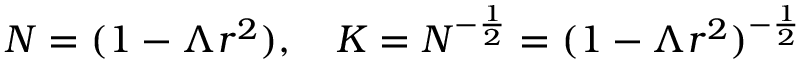
N = ( 1 - \Lambda r ^ { 2 } ) , \quad K = N ^ { - \frac { 1 } { 2 } } = ( 1 - \Lambda r ^ { 2 } ) ^ { - \frac { 1 } { 2 } }